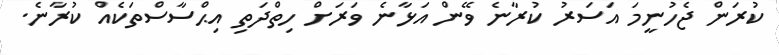
ކުރަން ޖެހުނީމަ އަސަރު ކުރާނެ ވޭން އަޅާނެ ވަރަށް ހިތްދަތި އިޙްސާސްތަކެއް ކުރާނެ.